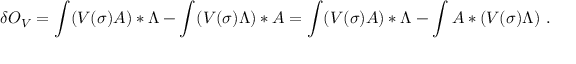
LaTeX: \delta O _ { V } = \int ( V ( \sigma ) A ) * \Lambda - \int ( V ( \sigma ) \Lambda ) * A = \int ( V ( \sigma ) A ) * \Lambda - \int A * ( V ( \sigma ) \Lambda ) \ .